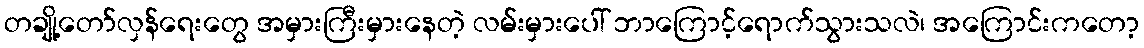
တချို့တော်လှန်ရေးတွေ အမှားကြီးမှားနေတဲ့ လမ်းမှားပေါ် ဘာကြောင့်ရောက်သွားသလဲ၊ အကြောင်းကတော့